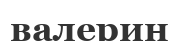
валерин